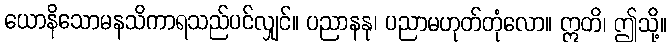
ယောနိသောမနသိကာရသည်ပင်လျှင်။ ပညာနနု၊ ပညာမဟုတ်တုံလော။ ဣတိ၊ ဤသို့။